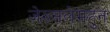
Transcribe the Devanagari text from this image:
जेरुसलेमहुन